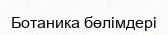
Ботаника бөлімдері